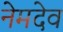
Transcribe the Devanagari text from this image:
नेमदेव